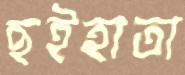
ছইহাতা